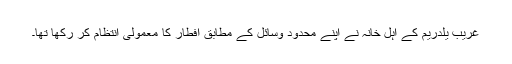
غریب یلدریم کے اہل خانہ نے اپنے محدود وسائل کے مطابق افطار کا معمولی انتظام کر رکھا تھا۔